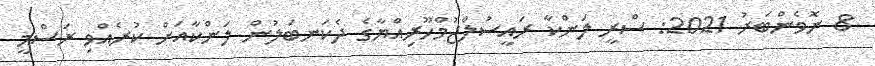
8 ނޮވެންބަރު 2021: ސްރީ ލަންކާ ރައީސުލްޖުމްހޫރިއްޔާގެ ދެކަނބަލުން ލަންކާއަށް ކުރެއްވި ރަސްމީ